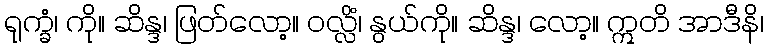
ရုက္ခံ၊ ကို။ ဆိန္ဒ၊ ဖြတ်လော့။ ဝလ္လိံ၊ နွယ်ကို။ ဆိန္ဒ၊ လော့။ ဣတိ အာဒီနိ၊